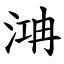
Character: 㴂